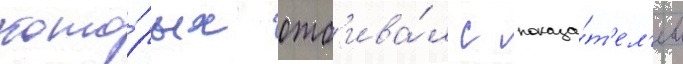
кото́рых отб'ива́л с показа́т'ел'ем